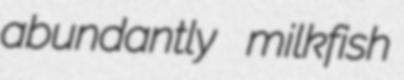
abundantly milkfish